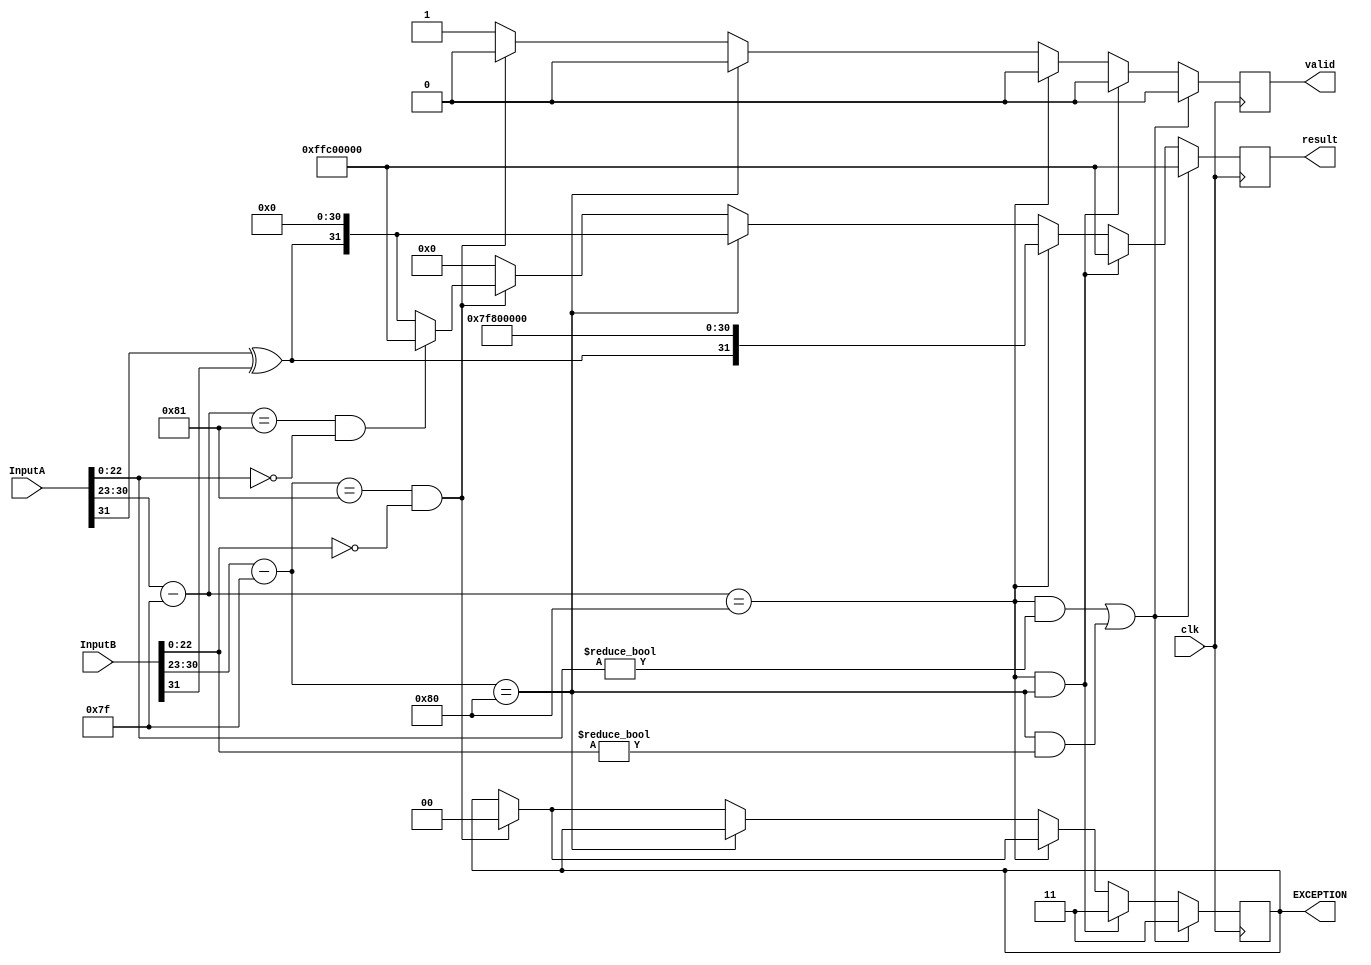
module checkInputs(InputA, InputB, result, EXCEPTION, valid, clk);
	input [31:0] InputA;
	input [31:0] InputB;

	output [31:0] result;
	output [1:0] EXCEPTION;
	output valid;
    input clk;
	// matissa parts of the inputs
	reg [22:0] mantissaA;
	reg [22:0] mantissaB;

	// exponent parts of the inputs
	reg [8:0] expA;
	reg [8:0] expB;

	// sign bits of the inputs
	reg signA;
	reg signB;

	// a NaN value
	reg [31:0] valNaN;

	// an Inf value
	reg [31:0] valInf;

	// a Zero value
	reg [31:0] valZero;

	// holds the value to output as exception
	reg [1:0] EXCEPTION;
	
	// quotient for invalid inputs
	reg [31:0] result;

	// inputs valid or not - 1 for valid
	reg valid;

	always @(posedge clk)
	begin // initial block starts
		mantissaA = InputA[22:0];
		mantissaB = InputB[22:0];
		
		expA = InputA[30:23];
		expB = InputB[30:23];
        expA = expA-127;
        expB = expB-127;

		signA = InputA[31];
		signB = InputB[31];

		valNaN[31] = 1;
		valNaN[30:23] = 255;
		valNaN[22] = 1;
		valNaN[21:0] = 0;

		valInf[31] = InputA[31] ^ InputB[31];
		valInf[30:23] = 255;
		valInf[22:0] = 0;

		valZero[31] = InputA[31] ^ InputB[31];
		valZero[30:23] = 0;
		valZero[22:0] = 0;
		
		valid = 1'b0;
    #1
	// check if InputA or InputB is NaN
	if ((expA == 128 && mantissaA != 0) || (expB == 128 && mantissaB != 0))
	begin
		// exception 11 - invalid operands
		EXCEPTION = 2'b11;

		// quotient NaN
		result = valNaN;
	end

	// check if InputA and InputB is inf
	else if (expA == 128 && expB == 128)
	begin
		// exception 11 - invalid operands
		EXCEPTION = 2'b11;

		// quotient NaN
		result = valNaN;
	end

	// check if InputA is inf
	else if (expA == 128)
	begin
		// check if InputB is zero
		if ($signed(expB) == -127 && mantissaB == 0)
		begin
			// exception 00 - division by zero attempted
			EXCEPTION = 2'b00;

			// quotient NaN
			result = valNaN;
		end

		// quotient inf
		result = valInf;
	end

	// check if InputB is inf
	else if (expB == 128)
	begin
		// quotient zero
		result = valZero;
	end

	// check if InputA is zero
	else if ($signed(expB) == -127 && mantissaB == 0)
	begin
        EXCEPTION = 2'b00;
		// check if InputB is also zero
		if ($signed(expA) == -127 && mantissaA == 0)
		begin
			// exception 00 - division by zero attempted
			// quotient NaN
			result = valNaN;
		end
        else
            begin
                result = valZero;
            end
		// quotient zero
		
	end

	// check if InputB is zero
	else if ($signed(expB) == -127 && mantissaB == 0)
	begin
		// exception 00 - division by zero attempted
		EXCEPTION = 2'b00;

		// quotient NaN
		result = valNaN;
	end

	// valid inputs
	else
	begin
		valid = 1'b1;
		result = 0; // dummy value
		// EXCEPTION = 2'b00; // dummy value
	end

	end // initial block ends
endmodule

module fpdiv(AbyB,DONE,EXCEPTION,InputA,InputB,CLOCK,RESET);
    input CLOCK,RESET ; // Active High Synchronous Reset
    input [31:0] InputA,InputB ;
    output reg[31:0]AbyB;
    output reg DONE ; // 0 while calculating, 1 when the result is ready
    output [1:0]EXCEPTION; // Used to output exceptions
    reg [1:0] EXCEPTION;
    wire [1:0] exception_wire;
    //main temporary registers to work on
    reg [31:0]a,b;
    reg [9:0] a_exponent,b_exponent;
    reg [24:0] a_mantissa,b_mantissa;
    reg s1,s2;
    reg clk_exception_circuit;
    reg [31:0]quotient;
    wire [31:0] special_result;
    reg over_under;
    
    // wire [9:0] result_exponent;
    reg[9:0] result;
    wire x,valid;
    // wire [1:0]EXCEPTION;
    integer i;
    integer denormalise_result_check;
    integer denormalise_checker; 
    
    xor (x,s1,s2);
    // exponent X(a_exponent,b_exponent,result_exponent);

    reg [23:0] result_mantissa;
    // mantissa m(a_mantissa,b_mantissa,result_mantissa);
    reg [3:0] state;
    checkInputs c(a, b, special_result, exception_wire, valid, clk_exception_circuit);
    always @(posedge CLOCK or posedge RESET) 
    begin
        case (state)
            4'b0000:   //getA&B
                begin
                    a <= InputA;
                    b <= InputB;
                    i <= 0;
                    denormalise_result_check <=0;
                    denormalise_checker <= 0;
                    state <= 4'b0001;
                end
            4'b0001:    //Unpack
                begin
                    a_exponent[7:0] <= a[30:23];
                    b_exponent[7:0] <= b[30:23];
                    a_exponent[9:8] <= 2'b00;
                    b_exponent[9:8] <= 2'b00;
                    s1 <= a[31];
                    s2 <= b[31];
                    state <= 4'b0010;
                end
            4'b0010:
                begin
                    //exceptions and put_z if exception comes
                    //otherwise just divide
                    clk_exception_circuit = 1'b0;
                    state<=4'b1001;
                end
            4'b1001:
                    begin
                     clk_exception_circuit = 1'b1; 
                    state<=4'b1010;     
                    end
            4'b1010:
                    if(valid == 1'b1)
                        state <= 4'b0011;
                    else
                        begin
                            quotient<=special_result;
                            EXCEPTION<= exception_wire;
                            state <= 4'b1000;    
                        end
            4'b0011:
                begin
                    a_mantissa[24] = 1'b0;
                    a_mantissa=a[22:0];
                    if(a_exponent==8'b00000000)
                        begin
                            a_mantissa[23] = 1'b0;
                            a_exponent=a_exponent+1;
                        end
                    else
                        a_mantissa[23]=1'b1;

                    b_mantissa=b[22:0]; 
                    if(b_exponent==8'b00000000) 
                        begin
                            b_mantissa[23]=1'b0;
                            b_exponent=b_exponent+1;
                        end
                    else
                        b_mantissa[23]=1'b1;

                    state<=4'b0100; 
                end
            4'b0100:    //exponent subtract
                begin
                    result=(a_exponent-b_exponent)+7'b1111111;
                    state <= 4'b0110;
                end
            4'b0101:    //normalise
                begin
                    if(result_mantissa[23]==1'b0) begin
                    result_mantissa=result_mantissa<<1;
                    result=result-1;
                end
                else 
                    state = 4'b0111; 
                end
               
                
            4'b0110:    //divide main and checking for underflow
                begin
                    if($signed(result)> 254 )
                        begin
                            EXCEPTION = 2'b10;
                            state <= 4'b1000;
                        end    
                    else if ($signed(result)< -22)
                        begin
                             EXCEPTION = 2'b01;
                            state <= 4'b1000;
                        end
                    
                    else if(a_mantissa>b_mantissa)
                        begin
                            result_mantissa[23-i]=1'b1;
                            a_mantissa=a_mantissa-b_mantissa;
                            a_mantissa=a_mantissa<<1;
                        end
                    else begin
                        if(a_mantissa==b_mantissa)begin
                            result_mantissa[23-i]=1'b1;
                            a_mantissa=0;
                        end
                        else begin
                            result_mantissa[23-i]=1'b0;
                            a_mantissa=a_mantissa<<1;
                        end
                    end
                    i =i+1;
                    if(i==24) begin 
                        state<=4'b1011;
                    end
                end
            4'b1011:        //for denormalised numbers
            begin
                if($signed(result)< 1 && $signed(result)>-23)
                    begin
                        denormalise_result_check=1;
                        result<= result+1;
                        result_mantissa = result_mantissa>>1;
                    end
                else if(denormalise_result_check==1)
                    begin
                        result=result-1;
                        denormalise_result_check=0;
                        state<=4'b0111;
                    end
                else state<=4'b0101;
            end
            4'b0111:    //pack
                begin
                    quotient[31]=x;
                    quotient[30:23]=result[7:0];
                    quotient[22:0]=result_mantissa[22:0];
                    state <= 4'b1000;
                end
            4'b1000:    //final
                begin
                    // $display("\t\t  Quotient inside module: %b",quotient);
                    AbyB = quotient;
                    DONE = 1'b1;
                end 
        endcase

        if (RESET == 1)
        begin
            DONE = 1'b0;
            state <= 4'b0000;
        end
    end
endmodule
module tb_fp_div();
// Enter the ID No. and Name of all the Group Members Here Feel Free
// to Add/Delete based on the team size
    initial begin
        $display ("The Group Members are:");
        $display ("********************************************");
        $display ("2019A7PS0104P Tushar Garg");
        $display ("2019A7PS0067P Ruchir Jain");
        $display ("2019A7PS0127P Usneek Singh");
        $display ("2019A7PS1138P Yash Gupta");
        $display ("********************************************");
    end

// Edit this based on your design this is important information while
// doing the testing
// Enter the correct information here
    initial begin
        $display ("A few things about our design:");
        $display ("********************************************");
        $display ("It works on the Positive edge of the CLOCK signal");
        $display ("Will take 80 (max) CLOCK cycles to complete the execution");
        $display ("We haven't used the guard bits");
        $display ("Sir please provide a positive edge on RESET to change the inputs to the divider");
        $display ("Our divider waits at the done state if no RESET is provided");
        $display ("The clock cycle is of 4 units");
        $display ("********************************************");
    end

    reg [31:0] a,b;
    wire [31:0] result;
    reg RESET;
    wire DONE;
    wire [1:0] EXCEPTION;
    reg CLOCK;

    initial begin
        CLOCK = 1'b0;
        #2 
        a = 32'b00000000001100010000000000101011;
        b = 32'b11000001000101100110011001100110;
        #1 RESET = 1'b0;
        #1 RESET = 1'b1;
        #1 RESET = 1'b0;
    end

    fpdiv d(result,DONE,EXCEPTION,a,b,CLOCK,RESET);
    always begin
        #2 CLOCK = ~CLOCK;
    end
    initial begin
        $dumpfile("Divider.vcd");
        $dumpvars(0,d);
        $monitor($time," a=%b, b=%b, result=%b EXCPTN=%b DONE=%b",a,b,result,EXCEPTION,DONE);
        #5500 $finish;
    end
endmodule